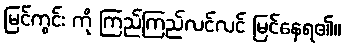
မြင်ကွင်း ကို ကြည်ကြည်လင်လင် မြင်နေရ၏။